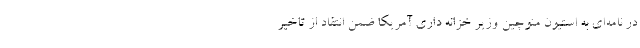
در نامه‌ای به استیون منوچین وزیر خزانه داری آمریکا ضمن انتقاد از تاخیر